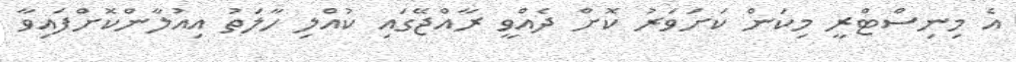
އެ މިނިސްޓްރީ މިކަން ކަށަވަރު ކޮށް ދެއްވީ ރާއްޖޭގައި ކުއްލި ހާލަތު އިއުލާންކޮށްފައިވާ